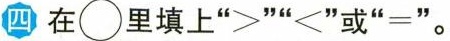
四 在\bigcirc里填上”>””~”或”=”。